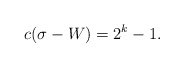
\begin{align*}c(\sigma-W)=2^k-1.\end{align*}